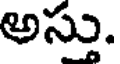
అసు.